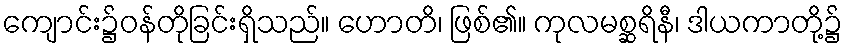
ကျောင်း၌ဝန်တိုခြင်းရှိသည်။ ဟောတိ၊ ဖြစ်၏။ ကုလမစ္ဆရိနီ၊ ဒါယကာတို့၌